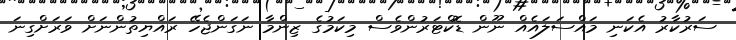
ސަރުކާރު އެކަނި މައްސަލައެއް ނޫން ޑޮކްޓަރުންވެސް މިކަމުގެ ޒިންމާ ނަގަންޖެހޭ ރައްޔިތުންނަށް ވަރަށްގިނަ